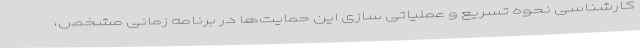
کارشناسی نحوه تسریع و عملیاتی سازی این حمایت‌ها در برنامه زمانی مشخص،